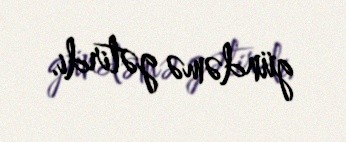
gündəmə gətirdi.